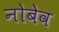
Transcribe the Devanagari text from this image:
नोबेव